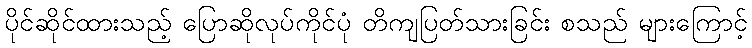
ပိုင်ဆိုင်ထားသည့် ပြောဆိုလုပ်ကိုင်ပုံ တိကျပြတ်သားခြင်း စသည် များကြောင့်